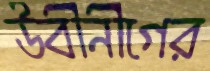
উবীনীগের